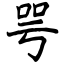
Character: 咢